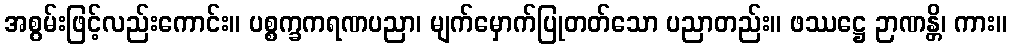
အစွမ်းဖြင့်လည်းကောင်း။ ပစ္စက္ခကရဏပညာ၊ မျက်မှောက်ပြုတတ်သော ပညာတည်း။ ဖဿဋ္ဌေ ဉာဏန္တိ၊ ကား။